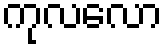
ကုလလော